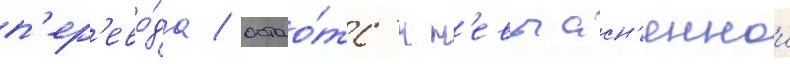
п'ер'ево́да / остао́тс'я н'евыасн'еннои